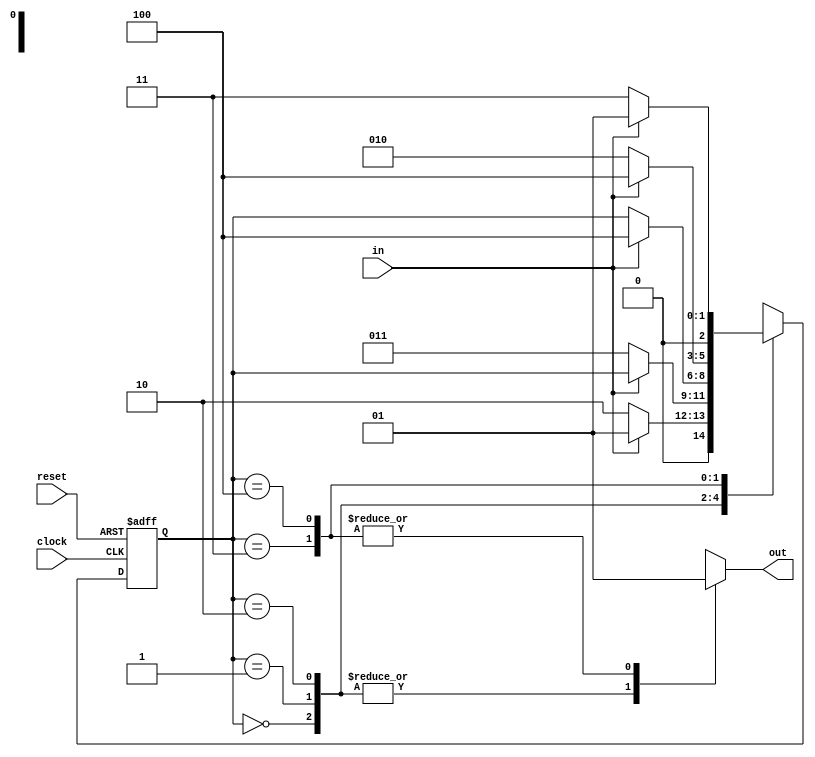
module edge_detect (input in, input clock, input reset,output reg out);

reg [2:0] current_state, next_state;

localparam START=0, AT_1=1, AT_0=2, EDGE_10=3, EDGE_01=4;

always @ (posedge clock, posedge reset) begin
	if (reset)
		current_state <= START;
	else
		current_state <= next_state;
end

always @ (current_state, in) begin
	out=0;
	next_state=current_state;
	case(current_state)
		START: 
			if (in) next_state=AT_1;
			else next_state=AT_0;

		AT_1:  if (~in) next_state=EDGE_10;
		
		AT_0: if (in) next_state=EDGE_01;

		EDGE_10: begin
			out=1;
			if (in) next_state=EDGE_01;
			else next_state=AT_0;
		end

		EDGE_01: begin
			 //YOUR CODE HERE
			 out=1;
			 if(~in) next_state=EDGE_10;
			 else next_state=AT_1;
		end

		default: 
			begin 
			out=1'bx;
			next_state=3'bx;
		end
	endcase
end

endmodule